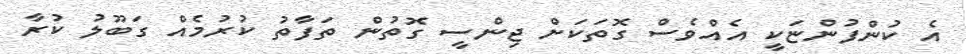
އެ ކުންފުންޏަކީ އެއްވެސް ގޮތަކަށް ޖިންސީ ގޮތުން ތަފާތު ކުރުމެއް ގަބޫލު ކުރާ